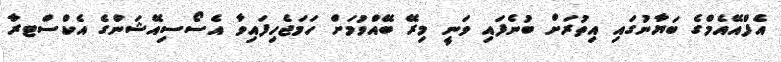
އެފްއޭއެމްގެ ބަޔާނުގައި އިތުރަށް ބުނެފައި ވަނީ މިރޭ ބޭއްވުމަށް ހަމަޖެހިފައިވާ އެސޯސިއޭޝަންގެ އެކްސްޓރާ